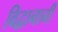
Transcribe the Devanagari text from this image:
विद्वानानी